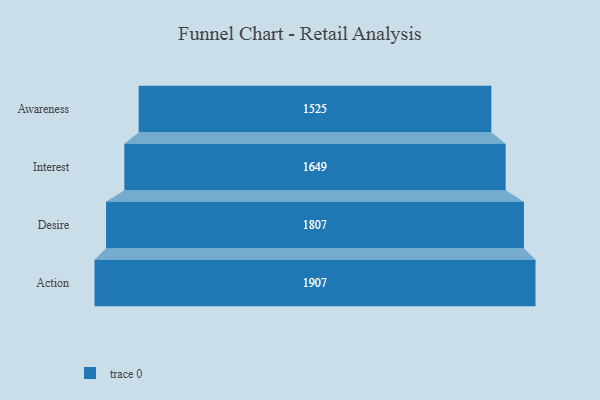
{"axis": {"x": "Stage", "y": "Value"}, "legend": [""], "data": [{"x": "Awareness", "y": 1525.0, "type": ""}, {"x": "Interest", "y": 1649.0, "type": ""}, {"x": "Desire", "y": 1807.0, "type": ""}, {"x": "Action", "y": 1907.0, "type": ""}]}